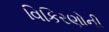
વિકિરણોની